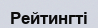
Рейтингті